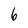
Character: 6